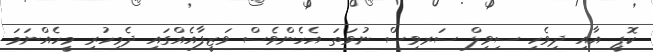
ކޮޕީ އާއި ދިވެހި ސިވިލް ސަރވިސް ނުވަތަ އެހެންވެސް ވަޒީފާއެއްގައި ދެމިހުރި މީހެއްނަމަ